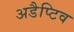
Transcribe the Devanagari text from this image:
अडैप्टिव